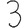
Digit: 3